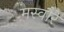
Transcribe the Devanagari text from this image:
मस्वौरे